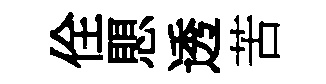
佺愳透苦